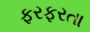
ફરફરતા